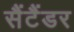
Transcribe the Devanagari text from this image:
सैंटैंडर